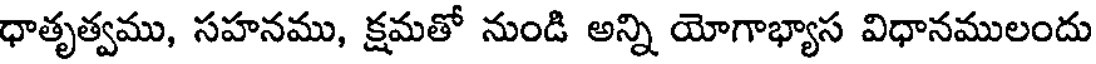
ధాతృత్వము, సహనము, క్షమతో నుండి అన్ని యోగాభ్యాస విధానములందు